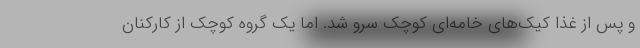
و پس از غذا کیک‌های خامه‌ای کوچک سرو شد. اما یک گروه کوچک از کارکنان